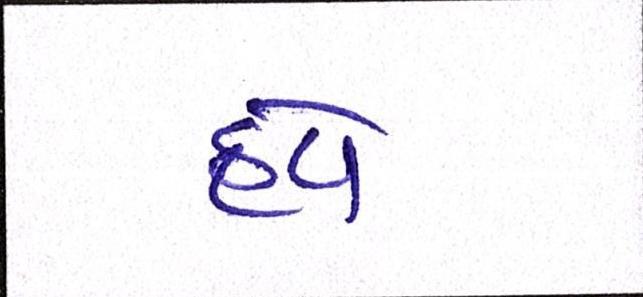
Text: હવે